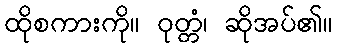
ထိုစကားကို။ ဝုတ္တံ၊ ဆိုအပ်၏။